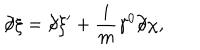
\partial \! \! \! / \xi = \partial \! \! \! / \xi ^ { \prime } + \frac { i } { m } \gamma ^ { 0 } \partial \! \! \! / \chi ,